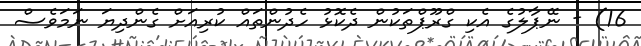
16) - ނޭޕާލުގެ އެކި ގްރޫޕްތަކުން ދެކޮޅު ހެދުންތައް ކުރިއަށް ގެންދިޔަ ނަމަވެސް